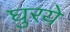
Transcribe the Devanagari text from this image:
घुरये